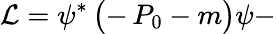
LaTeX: {\cal L}=\psi^{*}\, \bigl(-\, P_{0}-m\bigr)\psi-